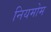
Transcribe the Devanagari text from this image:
नियमोम